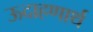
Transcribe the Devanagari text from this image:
ऊदाहणार्थ